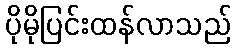
ပိုမိုပြင်းထန်လာသည်